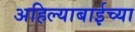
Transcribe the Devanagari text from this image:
अहिल्याबाईच्या